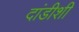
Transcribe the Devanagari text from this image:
दांडीशी